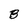
Character: B